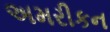
અમરીકન